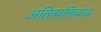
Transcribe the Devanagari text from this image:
अतिव्यक्तिवाद